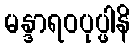
မန္ဒာရဝပုပ္ဖါနိ